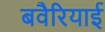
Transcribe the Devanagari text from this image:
बवैरियाई